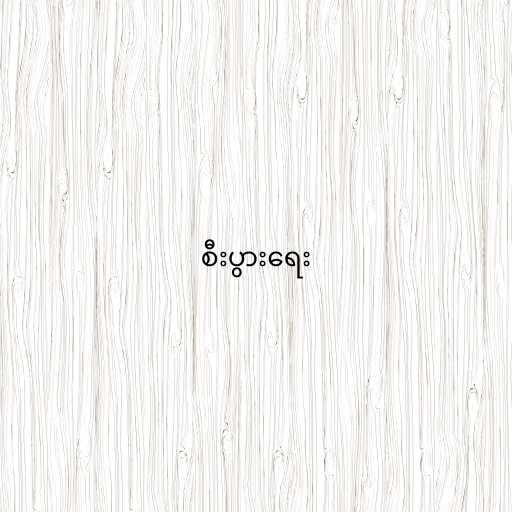
စီးပွားရေး